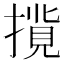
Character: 𢳢